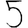
Digit: 5